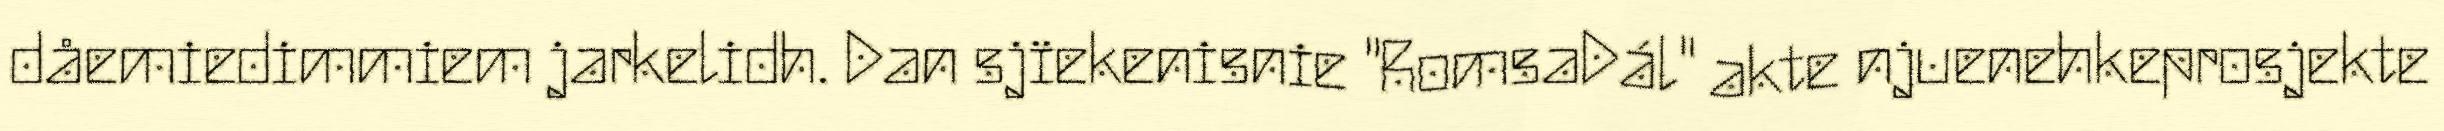
dåemiedimmiem jarkelidh. Dan sjïekenisnie "RomsaDál" akte njuenehkeprosjekte